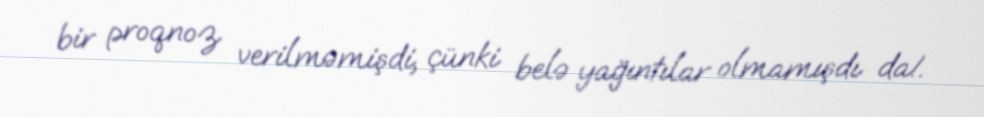
bir proqnoz verilməmişdi, çünki belə yağıntılar olmamışdı da!.